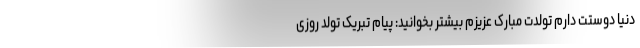
دنیا دوستت دارم تولدت مبارک عزیزم بیشتر بخوانید: پیام تبریک تولد روزی